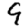
Digit: 9